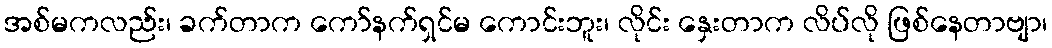
အစ်မကလည်း၊ ခက်တာက ကော်နက်ရှင်မ ကောင်းဘူး၊ လိုင်း နှေးတာက လိပ်လို ဖြစ်နေတာဗျာ၊